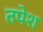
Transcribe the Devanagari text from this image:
तपेश